Lunatic asylums Central Provinces reports 1886-1894 - 1886-1894
Year: 1886
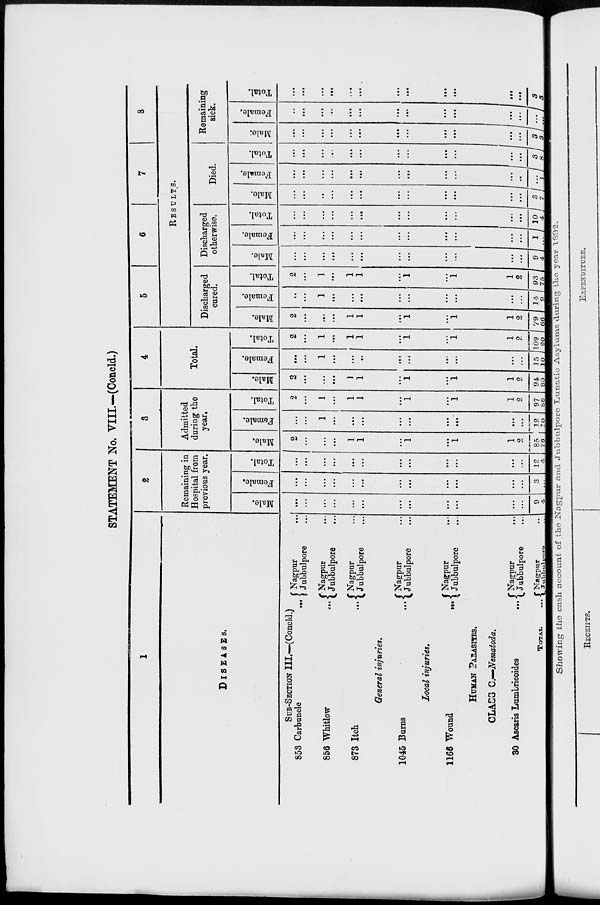
STATEMENT No. VIII.—(Concld.)
1
DISEASES.
SUB-SECTION III.—(Concld.)
853 Carbuncle...
856 Whitlow...
873 Itch
...
Nagpur...
Jubbulpore...
Nagpur...
Jubbulpore...
Nagpur...
Jubbulpore...
General injuries.
1045
Burns... Nagpur...
Jubbulpore...
Local injuries.
1166 Wound
... Nagpur...
Jubbulpore...
HUMAN PARASITES.
CLASS C.—Nematoda.
30 Ascaris Lumbricoides
...
TOTAL ...
Nagpur...
Jubbulpore...
Nagpur...
Jubbulpore...
2
Remaining in
Hospital from
previous year.
Male.
...
...
...
...
...
...
...
...
...
...
...
...
9
4
Female.
...
...
...
...
...
...
...
...
...
...
...
...
3
...
Total.
...
...
...
...
...
...
...
...
...
...
...
...
12
4
3
Admitted
during the
year.
Male.
2
...
...
...
l
l
...
l
...
l
l
2
85
76
Female.
...
...
1
...
...
...
...
...
...
...
...
...
12
10
Total.
2
...
1
...
1
1
...
1
...
1
1
2
97
86
4
Total.
Male.
2
...
...
...
1
1
...
1
...
1
1
2
94
80
Female.
...
...
1
...
...
...
...
...
...
...
...
...
15
10
Total.
2
...
1
...
1
1
...
1
...
1
1
2
109
90
5
6
7
8
RESULTS.
Discharged
cured.
Male.
2
...
...
...
1
1
...
1
...
1
1
2
79
66
Female.
...
...
1
...
...
...
...
...
...
...
...
...
14
9
Total.
2
...
1
...
1
1
...
1
...
1
1
2
93
75
Discharged
otherwise.
Male.
...
...
...
...
...
...
...
...
...
...
...
...
9
4
Female.
...
...
...
...
...
...
...
...
...
...
...
...
1
...
Total.
...
...
...
...
...
...
...
...
...
...
...
...
10
4
Died.
Male.
...
...
...
...
...
...
...
...
...
...
...
...
3
7
Female.
...
...
...
...
...
...
...
...
...
...
...
...
... 1
Total.
...
...
...
...
...
...
...
...
...
...
...
...
3
8
Remaining
sick.
Male.
...
...
...
...
...
...
...
...
...
...
...
...
3
3
Female.
...
...
...
...
...
...
...
...
...
...
...
... ...
...
Total.
...
...
...
...
...
...
...
...
...
...
...
...
3
3